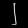
Digit: ၂